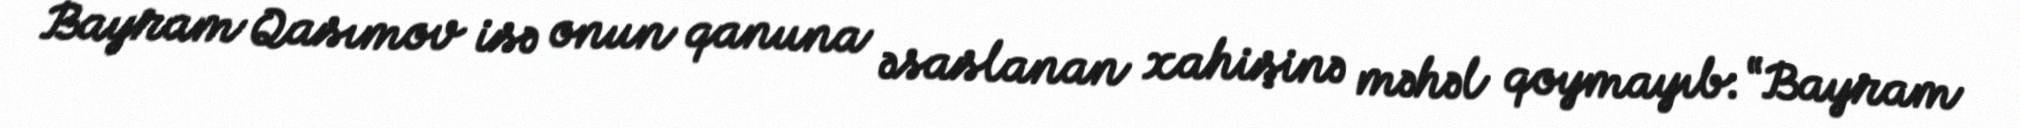
Bayram Qasımov isə onun qanuna əsaslanan xahişinə məhəl qoymayıb: “Bayram